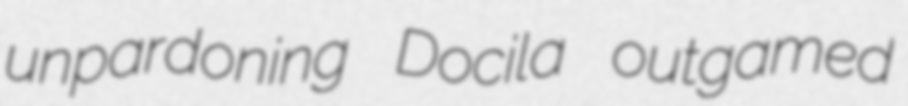
unpardoning Docila outgamed